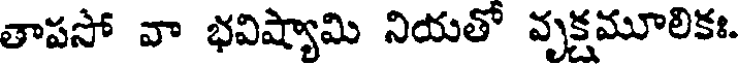
తాపసో వా భవిష్యామి నియతో వృక్షమూలికః.